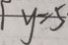
1 y = 5